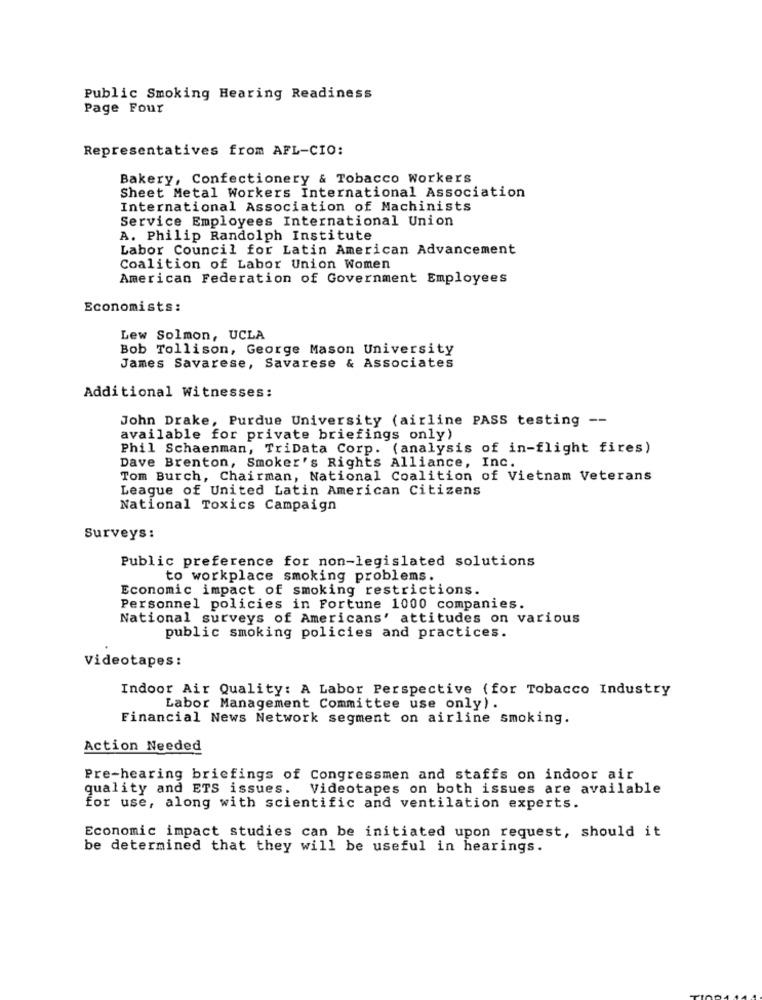
Public Smoking Hearing Readiness
Page Four
Representatives from AFL-CIO:
Bakery, Confectionery & Tobacco Workers
Sheet Metal Workers International Association
International Association of Machinists
Service Employees International Union
A. Philip Randolph Institute
Labor Council for Latin American Advancement
Coalition of Labor Union Women
American Federation of Government Employees
Economists:
Lew Solmon, UCLA
Bob Tollison, George Mason University
James Savarese, Savarese & Associates
Additional Witnesses:
John Drake, Purdue University (airline PASS testing --
available for private briefings only)
Phil Schaenman, TriData Corp. (analysis of in-flight fires)
Dave Brenton, Smoker's Rights Alliance, Inc.
Tom Burch, Chairman, National Coalition of Vietnam Veterans
League of United Latin American Citizens
National Toxics Campaign
Surveys:
Public preference for non-legislated solutions
to workplace smoking problems.
Economic impact of smoking restrictions.
Personnel policies in Fortune 1000 companies.
National surveys of Americans' attitudes on various
public smoking policies and practices.
Videotapes :
Indoor Air Quality: A Labor Perspective ( for Tobacco Industry
Labor Management Committee use only).
Financial News Network segment on airline smoking.
Action Needed
Pre-hearing briefings of Congressmen and staffs on indoor air
quality and ETS issues.
Videotapes on both issues are available
for use, along with scientific and ventilation experts.
Economic impact studies can be initiated upon request, should it
be determined that they will be useful in hearings.